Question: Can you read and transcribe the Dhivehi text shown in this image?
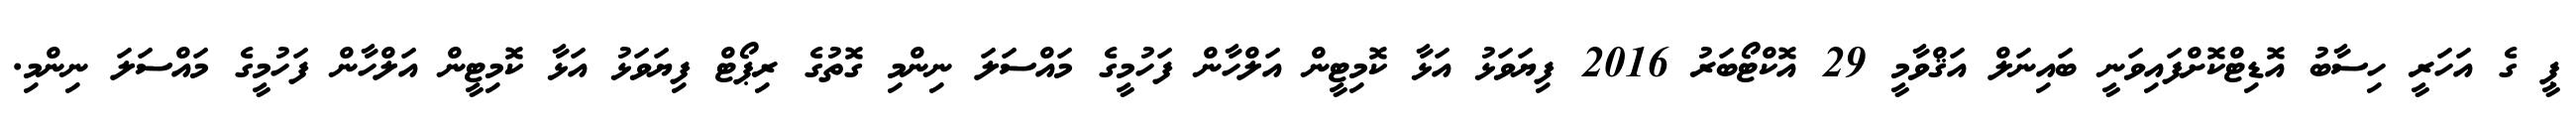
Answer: ޕީ ގެ އަހަރީ ހިސާބު އޮޑިޓްކޮށްފައިވަނީ ބައިނަލް އަޤްވާމީ 29 އޮކްޓޯބަރު 2016 ފިޔަވަޅު އަޅާ ކޮމިޓީން އަލްހާން ފަހުމީގެ މައްސަލަ ނިންމި ގޮތުގެ ރިޕޯޓް ފިޔަވަޅު އަޅާ ކޮމިޓީން އަލްހާން ފަހުމީގެ މައްސަލަ ނިންމި.